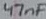
Text: 47nF